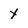
Character: y